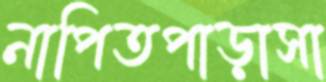
নাপিতপাড়াসা